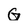
Character: G